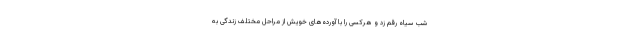
شب سیاه رقم زد و هرکسی را با آورده‌های خویش از مراحل مختلف زندگی به